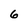
Character: 6